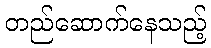
တည်ဆောက်နေသည့်